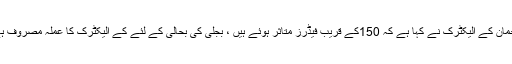
ترجمان کے الیکٹرک نے کہا ہے کہ 150کے قریب فیڈرز متاثر ہوئے ہیں ، بجلی کی بحالی کے لئے کے الیکٹرک کا عملہ مصروف ہے ۔